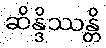
ဆိန္ဒိဿန္တိ